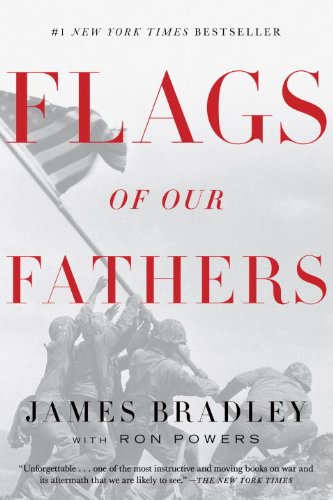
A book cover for Flags of Our Fathers; James Bradley; Biographies & Memoirs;